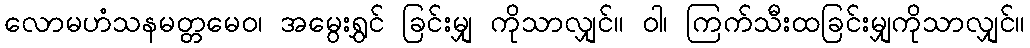
လောမဟံသနမတ္တမေဝ၊ အမွေးရွှင် ခြင်းမျှ ကိုသာလျှင်။ ဝါ၊ ကြက်သီးထခြင်းမျှကိုသာလျှင်။